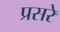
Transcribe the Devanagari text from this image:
प्रसरे